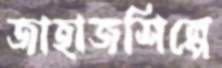
জাহাজশিল্পে